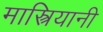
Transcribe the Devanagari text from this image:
मास्त्रियानी